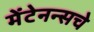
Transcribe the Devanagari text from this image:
मेंटेनन्सचे